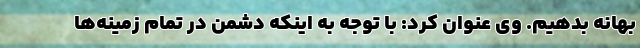
بهانه بدهیم. وی عنوان کرد: با توجه به اینکه دشمن در تمام زمینه‌ها